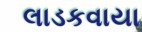
લાડકવાયા